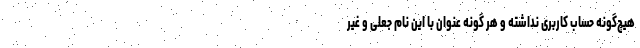
هیچ‌گونه حساب کاربری نداشته و هر گونه عنوان با این نام جعلی و غیر